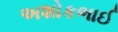
અશોકભાઈ